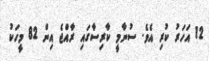
12 އަހަރު ކުރި އެވެ. ސުނާމީ ކާރިސާގައި ރާއްޖެ އިން 82 މީހަކު